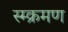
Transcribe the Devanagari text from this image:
स्म्क्रमण